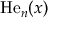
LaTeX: \operatorname { H e } _ { n } ( x )